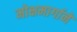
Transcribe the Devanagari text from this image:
मोक्षमार्गाने